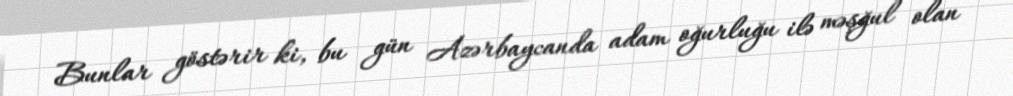
Bunlar göstərir ki, bu gün Azərbaycanda adam oğurluğu ilə məşğul olan